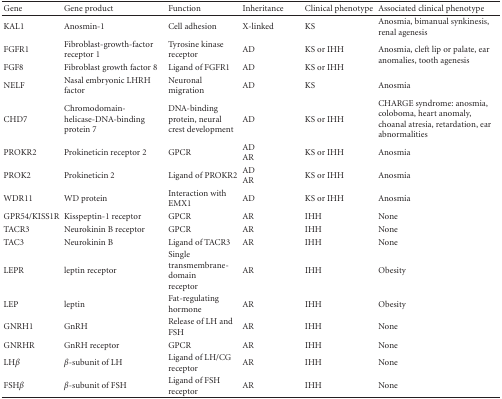
| Gene | Gene product | Function | Inheritance | Clinical phenotype | Associated clinical phenotype |
 | --- | --- | --- | --- | --- | --- |
 | KAL1 | Anosmin-1 | Cell adhesion | X-linked | KS | Anosmia, bimanual synkinesis, renal agenesis |
 | FGFR1 | Fibroblast-growth-factor receptor 1 | Tyrosine kinase receptor | AD | KS or IHH | <ROWSPAN=2> Anosmia, cleft lip or palate, ear anomalies, tooth agenesis |
 | FGF8 | Fibroblast growth factor 8 | Ligand of FGFR1 | AD | KS or IHH |
 | NELF | Nasal embryonic LHRH factor | Neuronal migration | AD | KS | Anosmia |
 | CHD7 | Chromodomain- helicase-DNA-binding protein 7 | DNA-binding protein, neural crest development | AD | KS or IHH | CHARGE syndrome: anosmia, coloboma, heart anomaly, choanal atresia, retardation, ear abnormalities |
 | PROKR2 | Prokineticin receptor 2 | GPCR | AD AR | KS or IHH | Anosmia |
 | PROK2 | Prokineticin 2 | Ligand of PROKR2 | AD AR | KS or IHH | Anosmia |
 | WDR11 | WD protein | Interaction with EMX1 | AD | KS or IHH | Anosmia |
 | GPR54/KISS1R | Kisspeptin-1 receptor | GPCR | AR | IHH | None |
 | TACR3 | Neurokinin B receptor | GPCR | AR | IHH | None |
 | TAC3 | Neurokinin B | Ligand of TACR3 | AR | IHH | None |
 | LEPR | leptin receptor | Single transmembrane-domain receptor | AR | IHH | Obesity |
 | LEP | leptin | Fat-regulating hormone | AR | IHH | Obesity |
 | GNRH1 | GnRH | Release of LH and FSH | AR | IHH | None |
 | GNRHR | GnRH receptor | GPCR | AR | IHH | None |
 | LHβ | β-subunit of LH | Ligand of LH/CG receptor | AR | IHH | None |
 | FSHβ | β-subunit of FSH | Ligand of FSH receptor | AR | IHH | None |